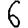
Digit: 6